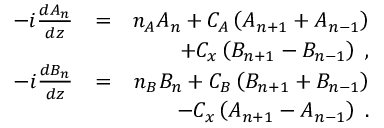
\begin{array} { r l r } { - i \frac { d A _ { n } } { d z } } & { = } & { n _ { A } A _ { n } + C _ { A } \left( A _ { n + 1 } + A _ { n - 1 } \right) } \\ & { } & { + C _ { x } \left( B _ { n + 1 } - B _ { n - 1 } \right) \; , } \\ { - i \frac { d B _ { n } } { d z } } & { = } & { n _ { B } B _ { n } + C _ { B } \left( B _ { n + 1 } + B _ { n - 1 } \right) } \\ & { } & { - C _ { x } \left( A _ { n + 1 } - A _ { n - 1 } \right) \; . } \end{array}